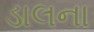
ડાલના